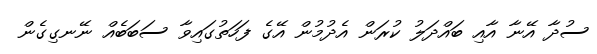
ސުދާ އޭނާ އާއި ބައްދަލު ކުރަން އެދުމުން އޭގެ ފަހަތުގައިވާ ސަބަބެއް ނޭނގިގެން